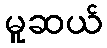
မူဆယ်